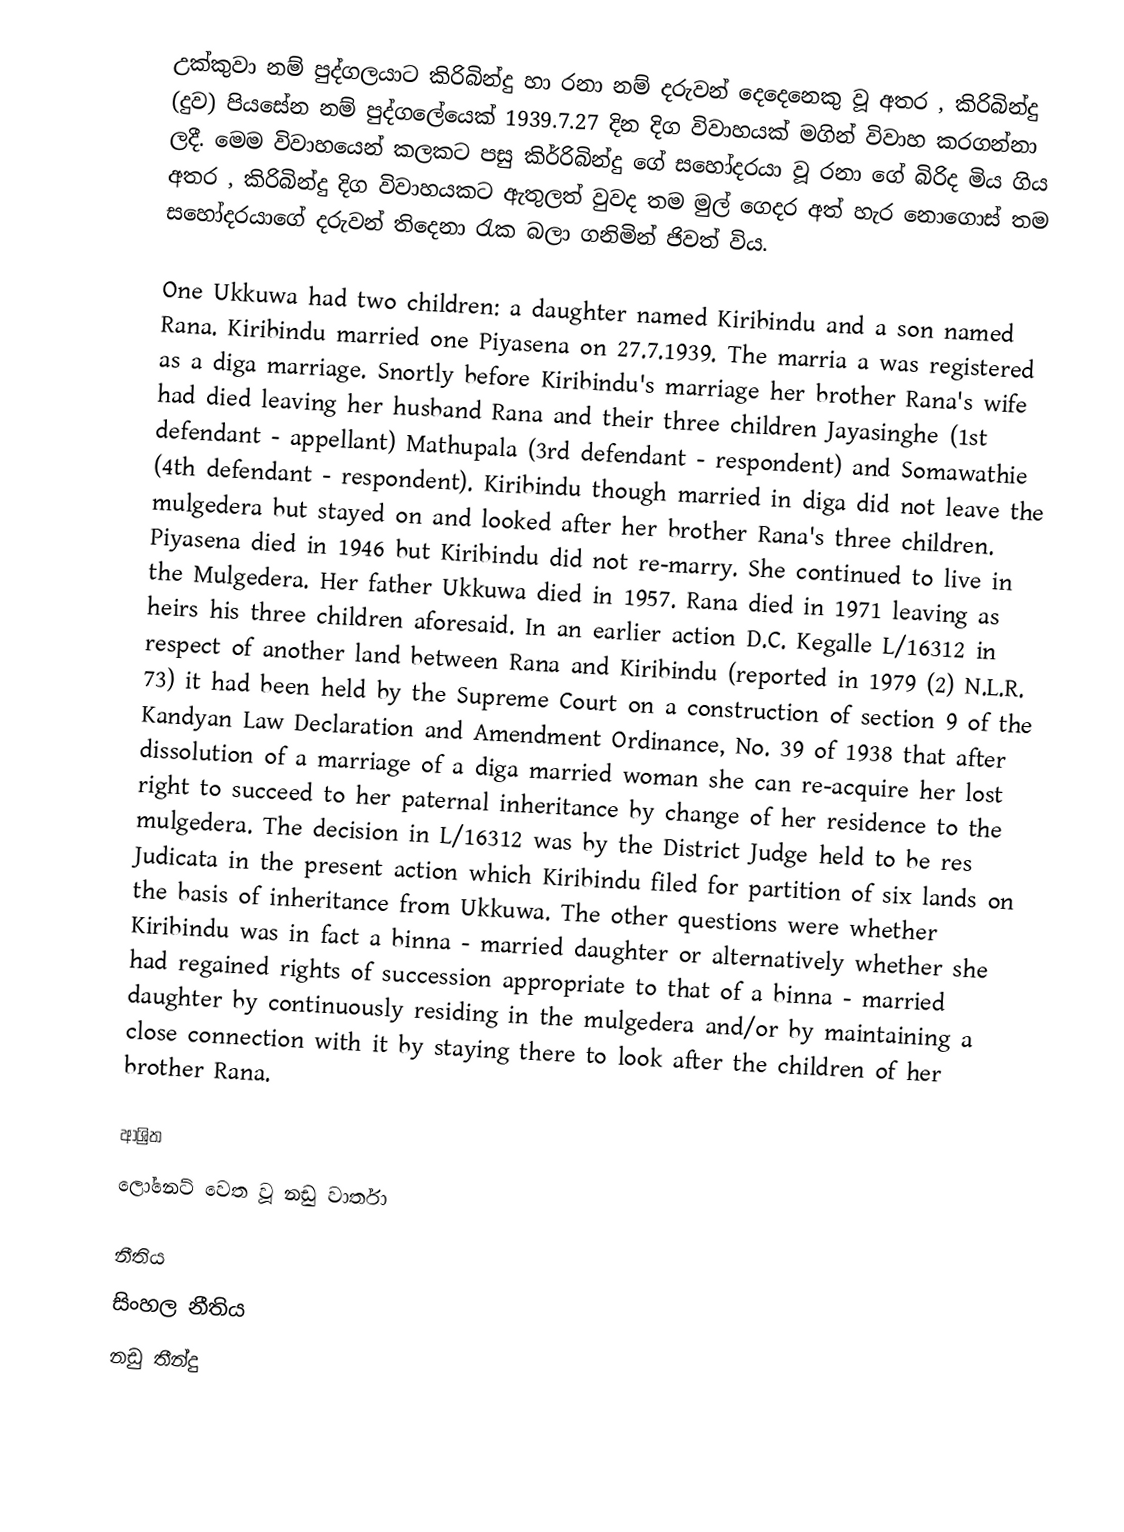
උක්කුවා නම් පුද්ගලයාට කිරිබින්දු හා රනා නම් දරුවන් දෙදෙනෙකු වූ අතර , කිරිබින්දු (දුව) පියසේන නම් පුද්ගලේයෙක් 1939.7.27 දින දිග විවාහයක් මගින් විවාහ කරගන්නා ලදී.  මෙම විවාහයෙන් කලකට පසු කිර්රිබින්දු ගේ සහෝදරයා වූ රනා ගේ බිරිද මිය ගිය අතර , කිරිබින්දු දිග විවාහයකට ඇතුලත් වුවද තම මුල් ගෙදර අත් හැර නොගොස් තම සහෝදරයාගේ දරුවන් තිදෙනා රැක බලා ගනිමින් ජිවත් විය.

One Ukkuwa had two children: a daughter named Kiribindu and a son named Rana. Kiribindu married one Piyasena on 27.7.1939. The marria a was registered as a diga marriage. Snortly before Kiribindu's marriage her brother Rana's wife had died leaving her husband Rana and their three children Jayasinghe (1st defendant - appellant) Mathupala (3rd defendant - respondent) and Somawathie (4th defendant - respondent). Kiribindu though married in diga did not leave the mulgedera but stayed on and looked after her brother Rana's three children. Piyasena died in 1946 but Kiribindu did not re-marry. She continued to live in the Mulgedera. Her father Ukkuwa died in 1957. Rana died in 1971 leaving as heirs his three children aforesaid. In an earlier action D.C. Kegalle L/16312 in respect of another land between Rana and Kiribindu (reported in 1979 (2) N.L.R. 73) it had been held by the Supreme Court on a construction of section 9 of the Kandyan Law Declaration and Amendment Ordinance, No. 39 of 1938 that after dissolution of a marriage of a diga married woman she can re-acquire her lost right to succeed to her paternal inheritance by change of her residence to the mulgedera. The decision in L/16312 was by the District Judge held to be res Judicata in the present action which Kiribindu filed for partition of six lands on the basis of inheritance from Ukkuwa. The other questions were whether Kiribindu was in fact a binna - married daughter or alternatively whether she had regained rights of succession appropriate to that of a binna - married daughter by continuously residing in the mulgedera and/or by maintaining a close connection with it by staying there to look after the children of her brother Rana.

ආශ්‍රිත
ලෝනෙට් වෙත වූ නඩු වාර්තා

නීතිය
සිංහල නීතිය
නඩු තීන්දු